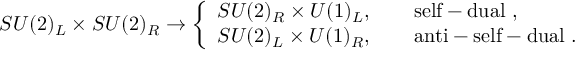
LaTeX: S U ( 2 ) _ { L } \times S U ( 2 ) _ { R } \rightarrow \left\{ \begin{array} { l } { { S U ( 2 ) _ { R } \times U ( 1 ) _ { L } , \qquad \mathrm { s e l f - d u a l ~ \do ~ } , } } \\ { { S U ( 2 ) _ { L } \times U ( 1 ) _ { R } , \qquad \mathrm { a n t i - s e l f - d u a l ~ \do ~ } . } } \end{array} \right.